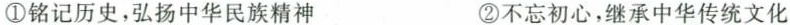
①铭记历史，弘扬中华民族精神 ②不忘初心，继承中华传统文化